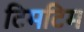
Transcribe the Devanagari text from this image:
टिमटिम